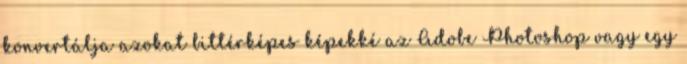
konvertálja azokat bittérképes képekké az Adobe Photoshop vagy egy